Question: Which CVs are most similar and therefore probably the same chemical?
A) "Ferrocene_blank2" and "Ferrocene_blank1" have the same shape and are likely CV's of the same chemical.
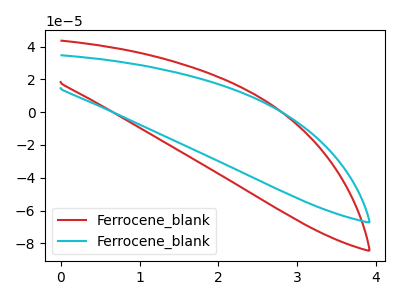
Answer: <think>The red curve "Ferrocene_blank1" has no peaks. The cyan curve "Ferrocene_blank2" has no peaks.
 Neither "Ferrocene_blank1" or "Ferrocene_blank2" have any peaks.</think>
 <answer>A) "Ferrocene_blank2" and "Ferrocene_blank1" have the same shape and are likely CV's of the same chemical.</answer>
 <eval>A</eval>